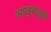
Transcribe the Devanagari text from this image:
आजुबाजुची